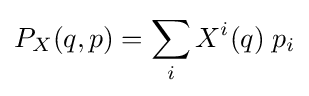
P_{X}(q,p)=\sum _{i}X^{i}(q)\;p_{i}